Scottish Leaving Certificate Examination, 1951
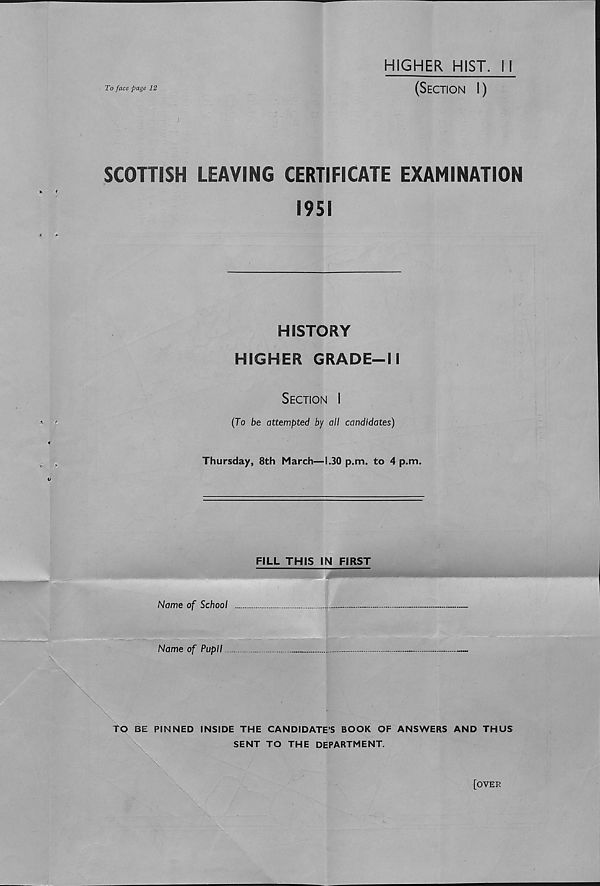
4
(8) St. Benedict (
century
)
(9) The Fronde (
century
)
(10) Charles Martel (
century